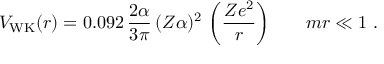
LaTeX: V _ { \mathrm { W K } } ( r ) = 0 . 0 9 2 \, \frac { 2 \alpha } { 3 \pi } \, ( Z \alpha ) ^ { 2 } \, \left( \frac { Z e ^ { 2 } } { r } \right) \, ~ ~ ~ ~ ~ m r \ll 1 ~ .